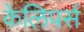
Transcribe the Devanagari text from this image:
केलिपर्स